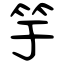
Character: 竽